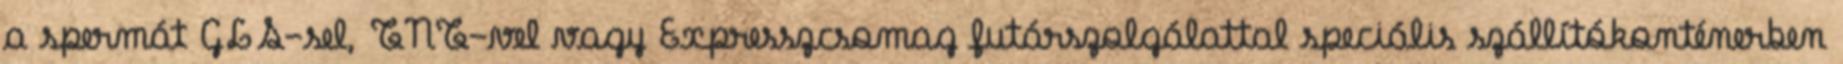
a spermát GLS-sel, TNT-vel vagy Expresszcsomag futárszolgálattal speciális szállítókonténerben